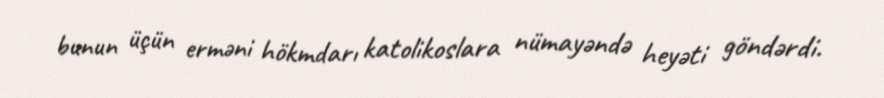
bunun üçün erməni hökmdarı katolikoslara nümayəndə heyəti göndərdi.